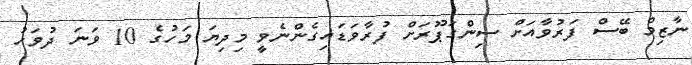
ނާޒިމް ބޭސް ފަރުވާއަށް ސިންގަޕޫރަށް ފުރާވަޑައިގެންނެވީ މިދިޔަ މަހުގެ 10 ވަނަ ދުވަހު